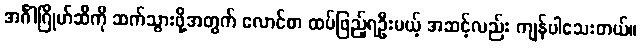
အင်္ဂါဂြိုဟ်ဆီကို ဆက်သွားဖို့အတွက် လောင်စာ ထပ်ဖြည့်ရဦးမယ့် အဆင့်လည်း ကျန်ပါသေးတယ်။